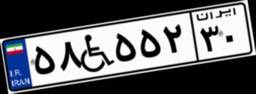
۵۸W۵۵۲۳۰